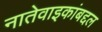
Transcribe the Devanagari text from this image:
नातेवाइकांबद्दल